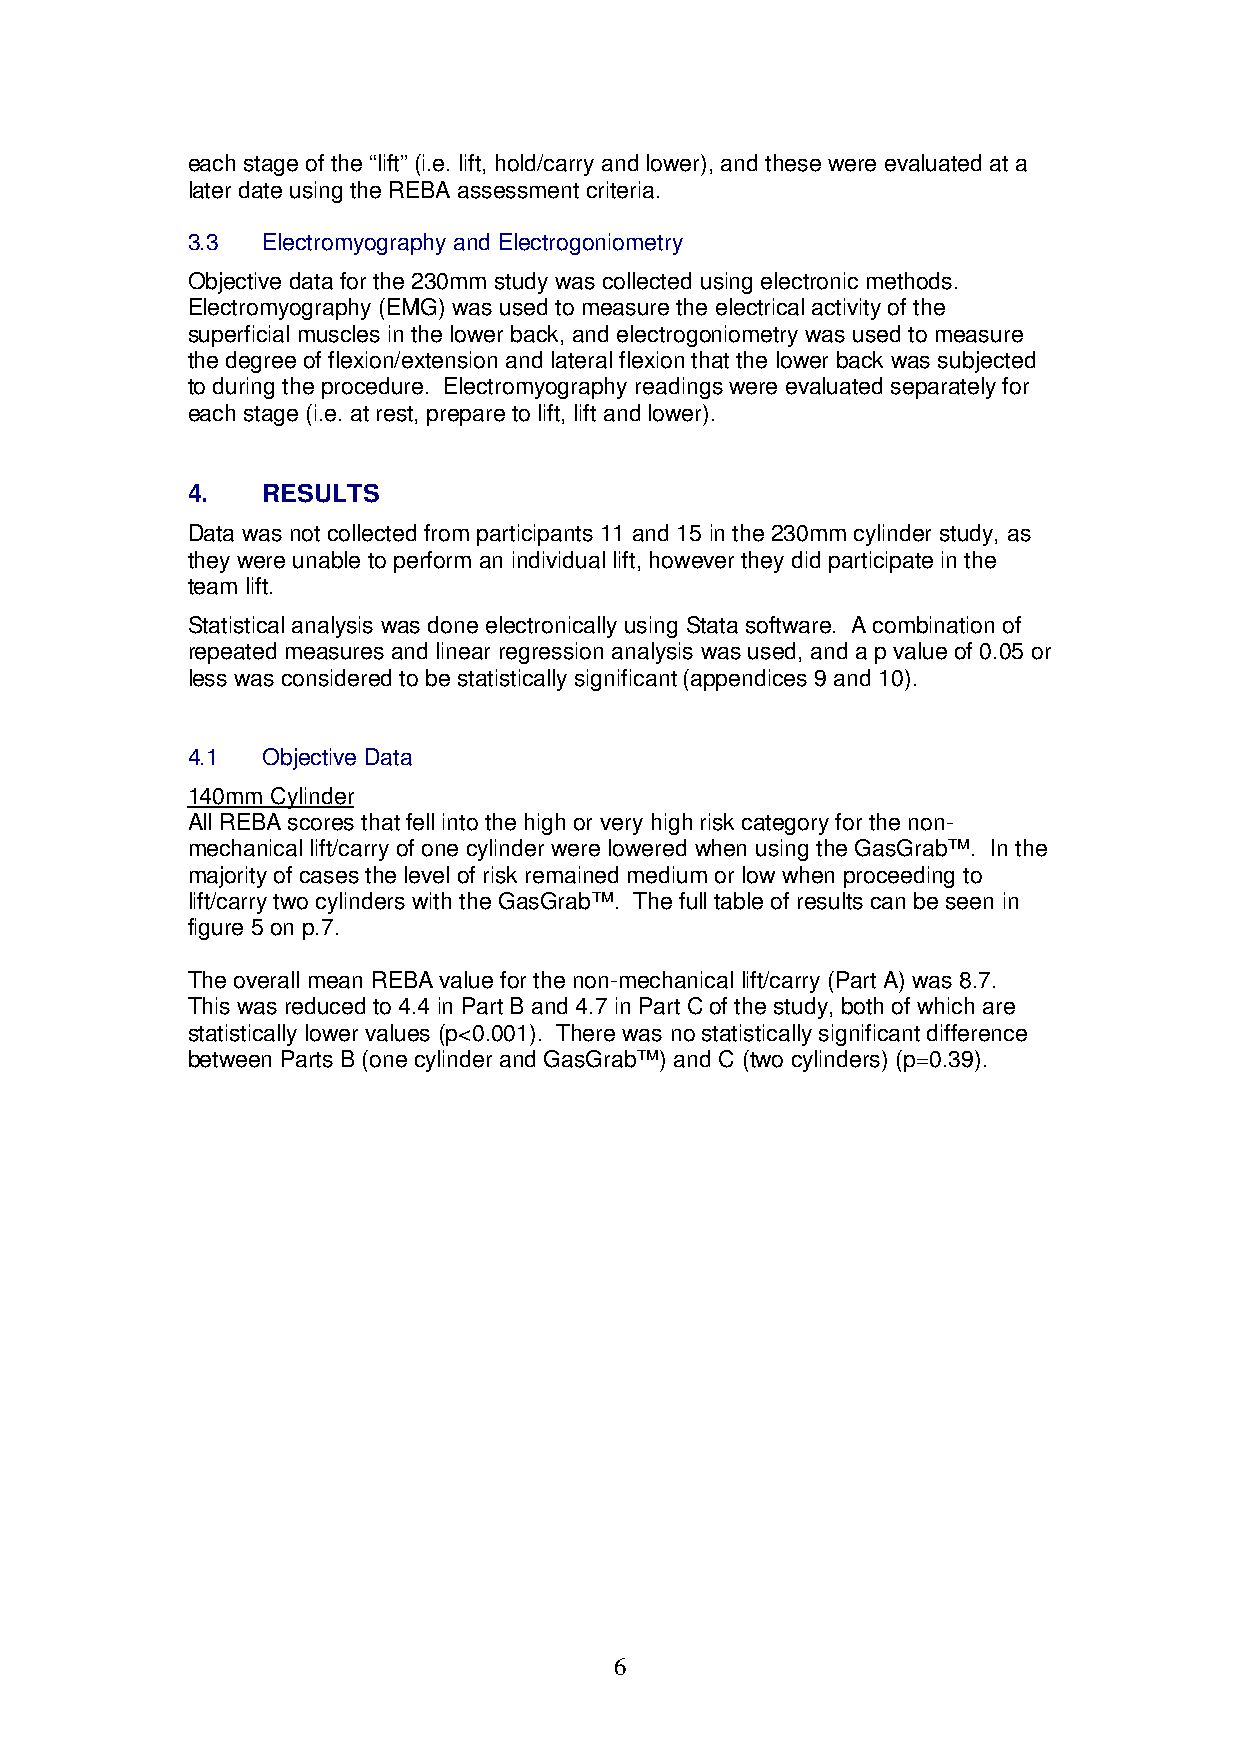
each stage of the “lift” (i.e. lift, hold/carry and lower), and these were evaluated at a
 later date using the REBA assessment criteria.
 3.3  Electromyography and Electrogoniometry
 Objective data for the 230mm study was collected using electronic methods.
 Electromyography (EMG) was used to measure the electrical activity of the
 superficial muscles in the lower back, and electrogoniometry was used to measure
 the degree of flexion/extension and lateral flexion that the lower back was subjected
 to during the procedure. Electromyography readings were evaluated separately for
 each stage (i.e. at rest, prepare to lift, lift and lower).
 4.   RESULTS
 Data was not collected from participants 11 and 15 in the 230mm cylinder study, as
 they were unable to perform an individual lift, however they did participate in the
 team lift.
 Statistical analysis was done electronically using Stata software. A combination of
 repeated measures and linear regression analysis was used, and a p value of 0.05 or
 less was considered to be statistically significant (appendices 9 and 10).
 4.1  Objective Data
 140mm Cylinder
 All REBA scores that fell into the high or very high risk category for the non-
 mechanical lift/carry of one cylinder were lowered when using the GasGrab™. In the
 majority of cases the level of risk remained medium or low when proceeding to
 lift/carry two cylinders with the GasGrab™. The full table of results can be seen in
 figure 5 on p.7.
 The overall mean REBA value for the non-mechanical lift/carry (Part A) was 8.7.
 This was reduced to 4.4 in Part B and 4.7 in Part C of the study, both of which are
 statistically lower values (p<0.001). There was no statistically significant difference
 between Parts B (one cylinder and GasGrab™) and C (two cylinders) (p=0.39).
 6